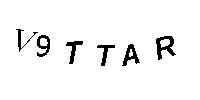
V9TTAR